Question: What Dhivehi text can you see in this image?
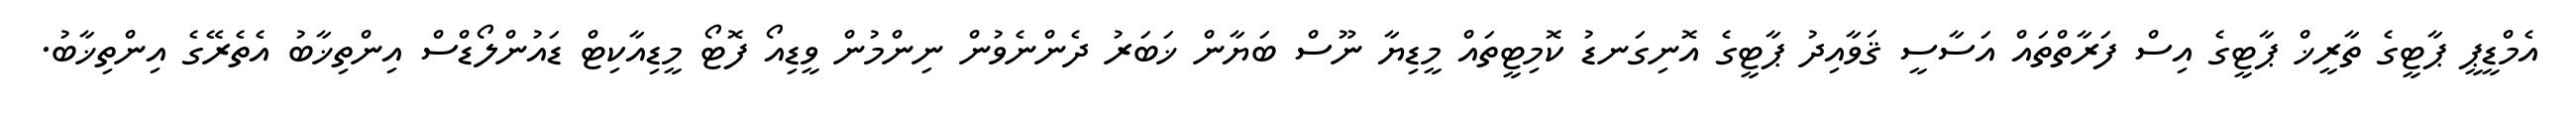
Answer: އެމްޑީޕީ ޕާޓީގެ ތާރީޚް ޕާޓީގެ އިސް ފަރާތްތައް އަސާސީ ޤަވާއިދު ޕާޓީގެ އޮނިގަނޑު ކޮމިޓީތައް މީޑިޔާ ނޫސް ބަޔާން ޚަބަރު ދެންނެވުން ނިންމުން ވީޑިއޯ ފޮޓޯ މީޑިއާކިޓް ޑައުންލޯޑްސް އިންތިޚާބު އެތެރޭގެ އިންތިޚާބު.